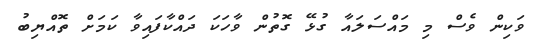
ވަކިން ވެސް މި މައްސަލައާ ގުޅޭ ގޮތުން ވާހަކަ ދައްކާފައިވާ ކަމަށް ތޮއްޔިބު